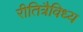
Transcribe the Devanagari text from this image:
रीतित्रैविध्य